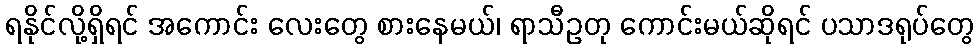
ရနိုင်လို့ရှိရင် အကောင်း လေးတွေ စားနေမယ်၊ ရာသီဥတု ကောင်းမယ်ဆိုရင် ပသာဒရုပ်တွေ